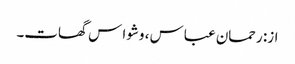
از: رحمان عباس ، وشوا س گھات۔